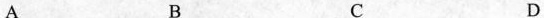
A B C D